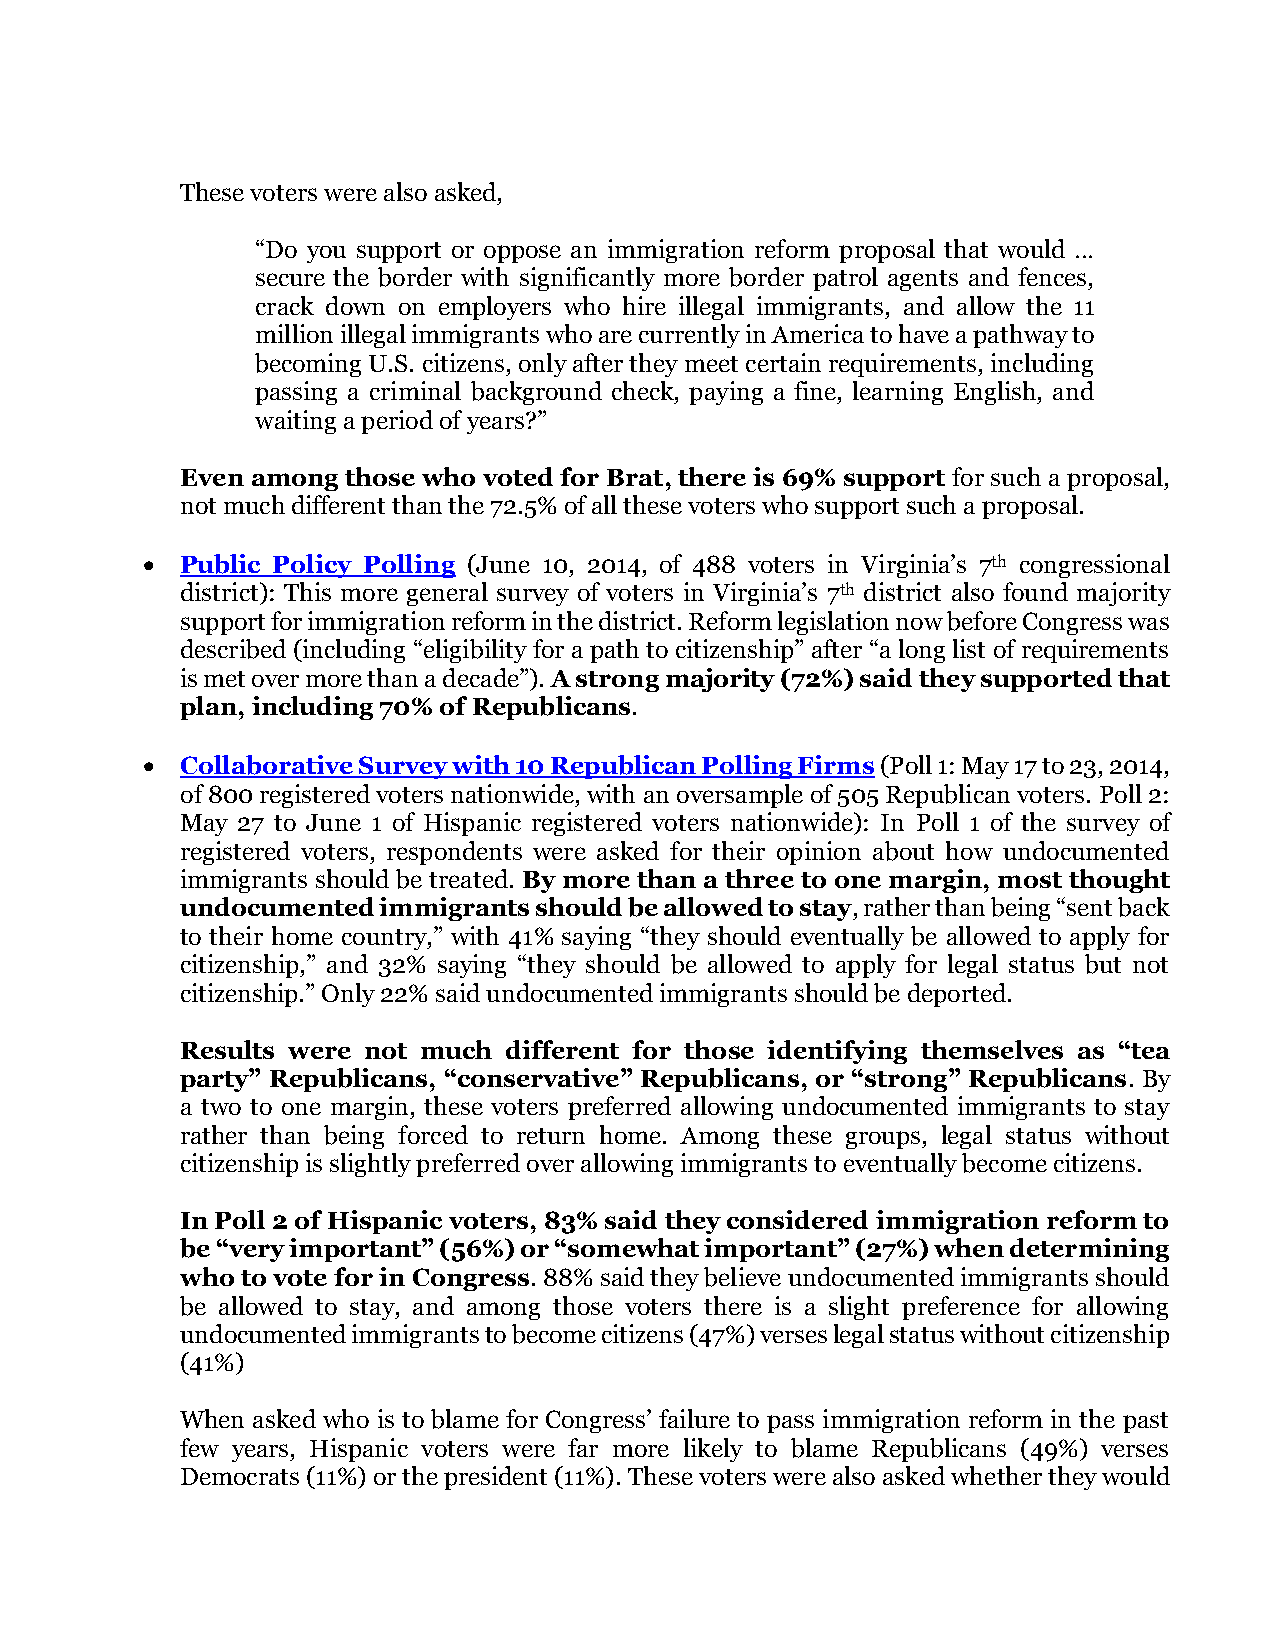
These voters were also asked,
 “Do you support or oppose an immigration reform proposal that would …
 secure the border with significantly more border patrol agents and fences,
 crack down on employers who hire illegal immigrants, and allow the 11
 million illegal immigrants who are currently in America to have a pathway to
 becoming U.S. citizens, only after they meet certain requirements, including
 passing a criminal background check, paying a fine, learning English, and
 waiting a period of years?”
 Even among those who voted for Brat, there is 69% support for such a proposal,
 not much different than the 72.5% of all these voters who support such a proposal.
   Public Policy Polling (June 10, 2014, of 488 voters in Virginia’s 7th congressional
 district): This more general survey of voters in Virginia’s 7th district also found majority
 support for immigration reform in the district. Reform legislation now before Congress was
 described (including “eligibility for a path to citizenship” after “a long list of requirements
 is met over more than a decade”). A strong majority (72%) said they supported that
 plan, including 70% of Republicans.
   Collaborative Survey with 10 Republican Polling Firms (Poll 1: May 17 to 23, 2014,
 of 800 registered voters nationwide, with an oversample of 505 Republican voters. Poll 2:
 May 27 to June 1 of Hispanic registered voters nationwide): In Poll 1 of the survey of
 registered voters, respondents were asked for their opinion about how undocumented
 immigrants should be treated. By more than a three to one margin, most thought
 undocumented immigrants should be allowed to stay, rather than being “sent back
 to their home country,” with 41% saying “they should eventually be allowed to apply for
 citizenship,” and 32% saying “they should be allowed to apply for legal status but not
 citizenship.” Only 22% said undocumented immigrants should be deported.
 Results were not much different for those identifying themselves as “tea
 party” Republicans, “conservative” Republicans, or “strong” Republicans. By
 a two to one margin, these voters preferred allowing undocumented immigrants to stay
 rather than being forced to return home. Among these groups, legal status without
 citizenship is slightly preferred over allowing immigrants to eventually become citizens.
 In Poll 2 of Hispanic voters, 83% said they considered immigration reform to
 be “very important” (56%) or “somewhat important” (27%) when determining
 who to vote for in Congress. 88% said they believe undocumented immigrants should
 be allowed to stay, and among those voters there is a slight preference for allowing
 undocumented immigrants to become citizens (47%) verses legal status without citizenship
 (41%)
 When asked who is to blame for Congress’ failure to pass immigration reform in the past
 few years, Hispanic voters were far more likely to blame Republicans (49%) verses
 Democrats (11%) or the president (11%). These voters were also asked whether they would